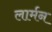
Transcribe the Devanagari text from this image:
लार्मन